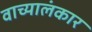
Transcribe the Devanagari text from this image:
वाच्यालंकार